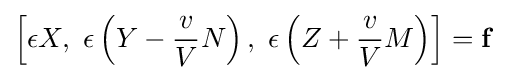
\left[\epsilon X,\ \epsilon \left(Y-{\frac {v}{V}}N\right),\ \epsilon \left(Z+{\frac {v}{V}}M\right)\right]=\mathbf {f}